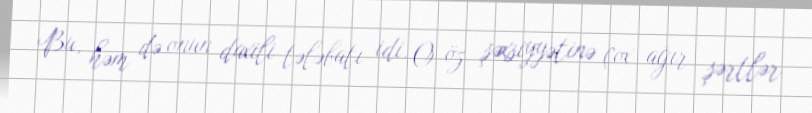
Bu, həm də onun daxili tələbatı idi. O öz şəxsiyyətinə çox ağır şərtlər